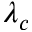
\lambda _ { c }